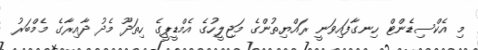
މި އެކްސިޑެންޓް ހިނގާފައިވަނީ ރައްޔިތުންގެ މަޖިލީހުގެ އެމްޑީޕީގެ ހިތަދޫ މެދު ދާއިރާގެ މެމްބަރު